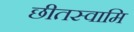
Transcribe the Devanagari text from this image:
छीतस्वामि